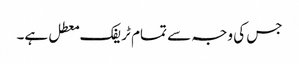
جس کی وجہ سے تمام ٹریفک معطل ہے۔